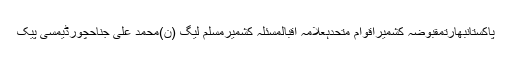
پاکستانبھارتمقبوضہ کشمیراقوام متحدہعلامہ اقبالمسئلہ کشمیرمسلم لیگ (ن)محمد علی جناحچورڈیمسی پیک